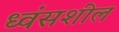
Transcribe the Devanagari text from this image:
ध्वंसशील